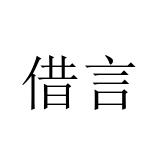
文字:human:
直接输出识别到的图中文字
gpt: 借言